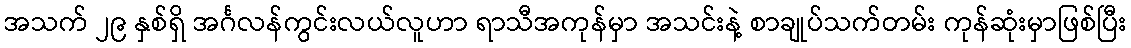
အသက် ၂၉ နှစ်ရှိ အင်္ဂလန်ကွင်းလယ်လူဟာ ရာသီအကုန်မှာ အသင်းနဲ့ စာချုပ်သက်တမ်း ကုန်ဆုံးမှာဖြစ်ပြီး